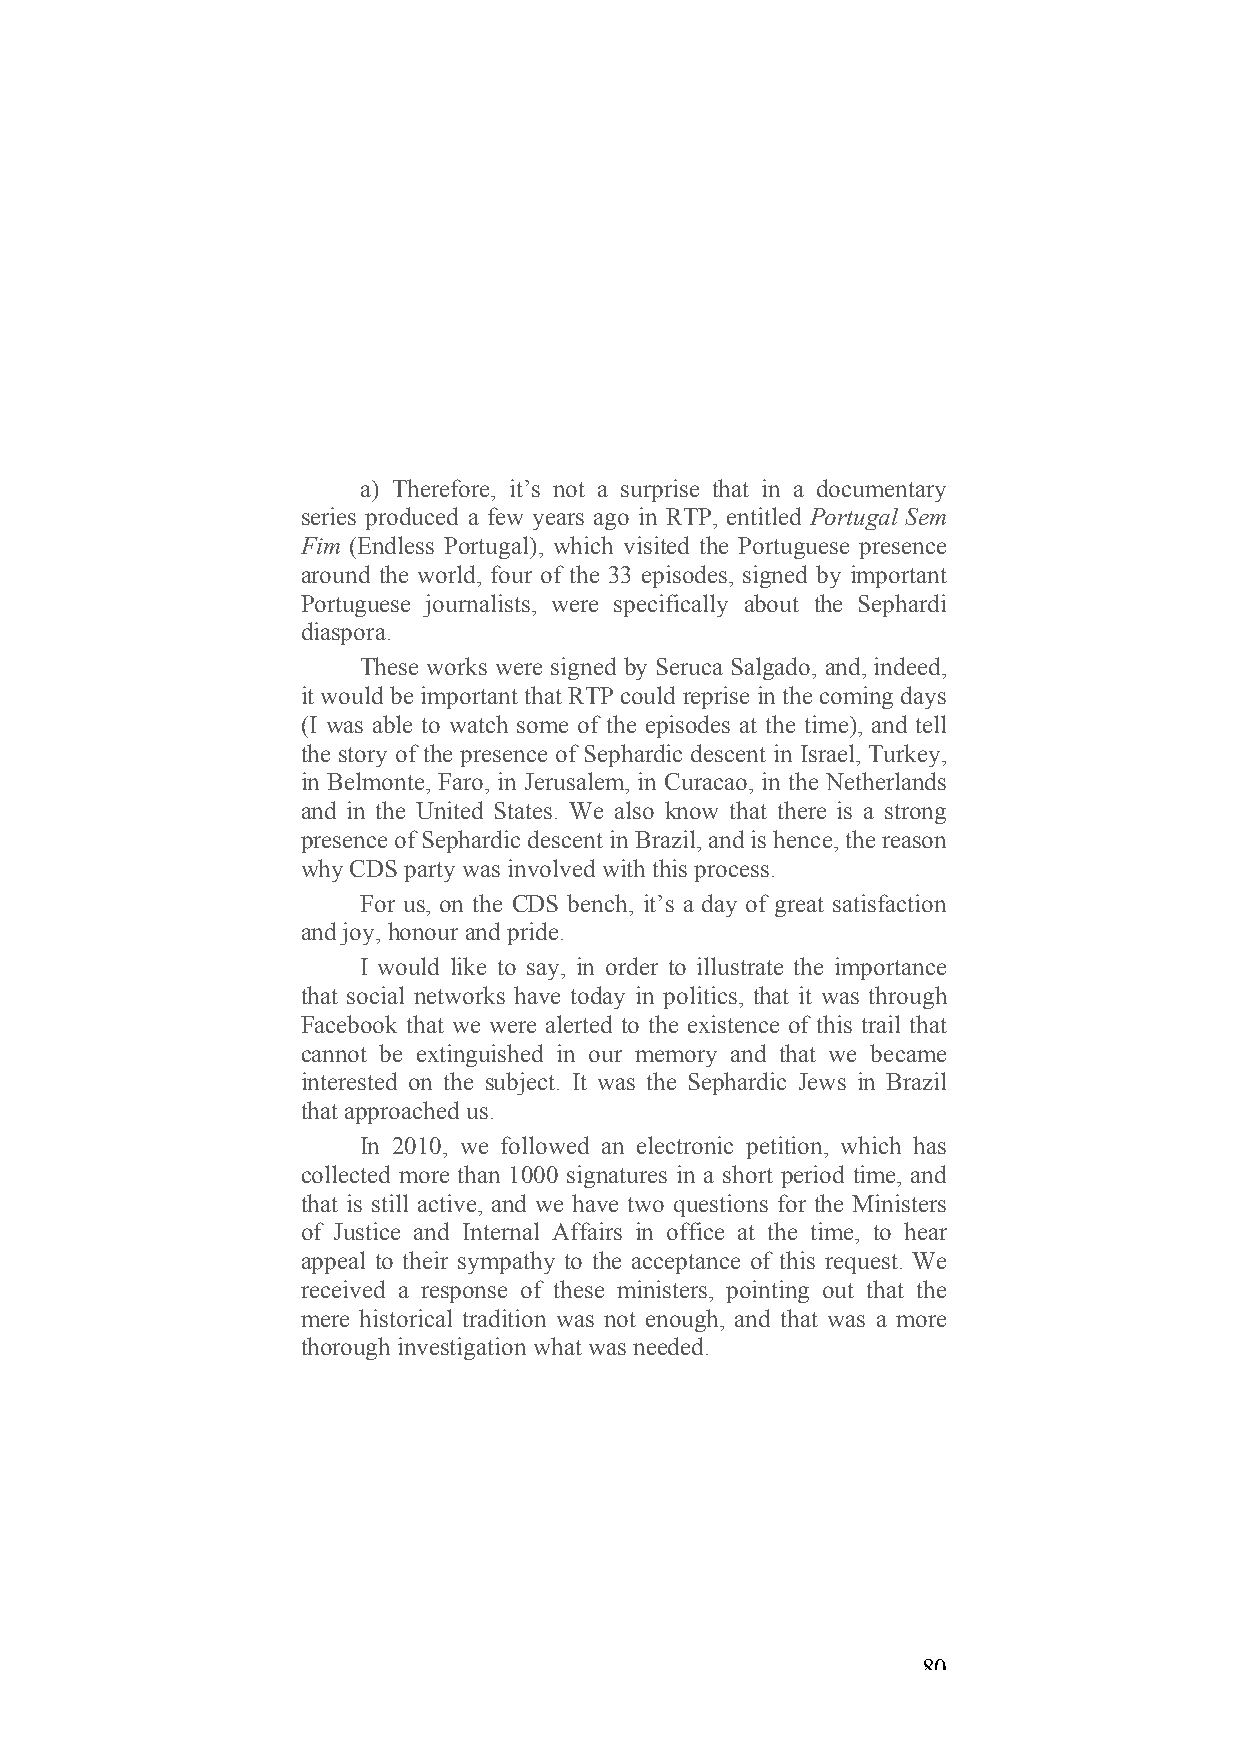
a) Therefore, it’s not a surprise that in a documentary
 series produced a few years ago in RTP, entitled Portugal Sem
 Fim (Endless Portugal), which visited the Portuguese presence
 around the world, four of the 33 episodes, signed by important
 Portuguese journalists, were specifically about the Sephardi
 diaspora.
 These works were signed by Seruca Salgado, and, indeed,
 it would be important that RTP could reprise in the coming days
 (I was able to watch some of the episodes at the time), and tell
 the story of the presence of Sephardic descent in Israel, Turkey,
 in Belmonte, Faro, in Jerusalem, in Curacao, in the Netherlands
 and in the United States. We also know that there is a strong
 presence of Sephardic descent in Brazil, and is hence, the reason
 why CDS party was involved with this process.
 For us, on the CDS bench, it’s a day of great satisfaction
 and joy, honour and pride.
 I would like to say, in order to illustrate the importance
 that social networks have today in politics, that it was through
 Facebook that we were alerted to the existence of this trail that
 cannot be extinguished in our memory and that we became
 interested on the subject. It was the Sephardic Jews in Brazil
 that approached us.
 In 2010, we followed an electronic petition, which has
 collected more than 1000 signatures in a short period time, and
 that is still active, and we have two questions for the Ministers
 of Justice and Internal Affairs in office at the time, to hear
 appeal to their sympathy to the acceptance of this request. We
 received a response of these ministers, pointing out that the
 mere historical tradition was not enough, and that was a more
 thorough investigation what was needed.
 80